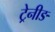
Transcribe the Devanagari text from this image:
ट्रेनीङ